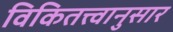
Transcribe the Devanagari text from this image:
विकितत्त्वानुसार